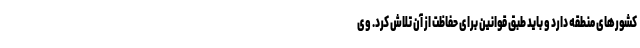
کشورهای منطقه دارد و باید طبق قوانین برای حفاظت از آن تلاش کرد. وی